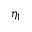
\eta _ { 1 }